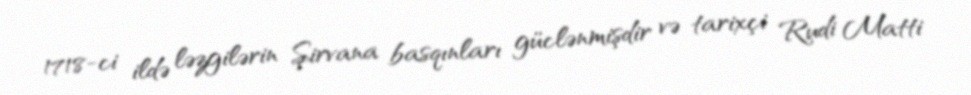
1718-ci ildə ləzgilərin Şirvana basqınları güclənmişdir və tarixçi Rudi Matti